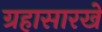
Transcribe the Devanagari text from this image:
ग्रहासारखे